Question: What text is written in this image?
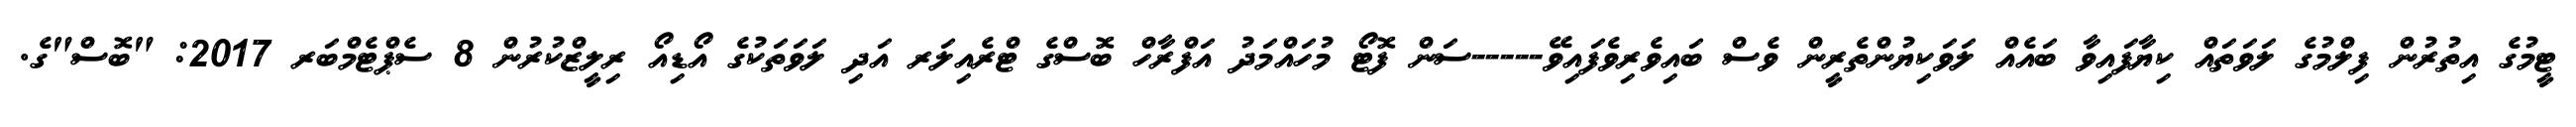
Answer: ޓީމުގެ އިތުރުން ފިލްމުގެ ލަވަތައް ކިޔާފައިވާ ބައެއް ލަވަކިޔުންތެރީން ވެސް ބައިވެރިވެފައިވޭ-----ސަން ފޮޓޯ މުހައްމަދު އަފްރާހް ބޮސްގެ ޓްރެއިލަރ އަދި ލަވަތަކުގެ އޯޑިއޯ ރިލީޒްކުރުން 8 ސެޕްޓެމްބަރ 2017: "ބޮސް"ގެ.